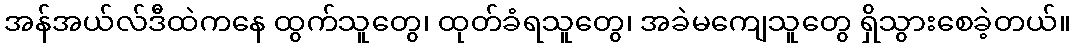
အန်အယ်လ်ဒီထဲကနေ ထွက်သူတွေ၊ ထုတ်ခံရသူတွေ၊ အခဲမကျေသူတွေ ရှိသွားစေခဲ့တယ်။